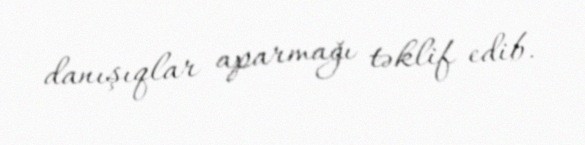
danışıqlar aparmağı təklif edib.